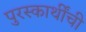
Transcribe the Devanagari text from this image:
पुरस्कार्थींची